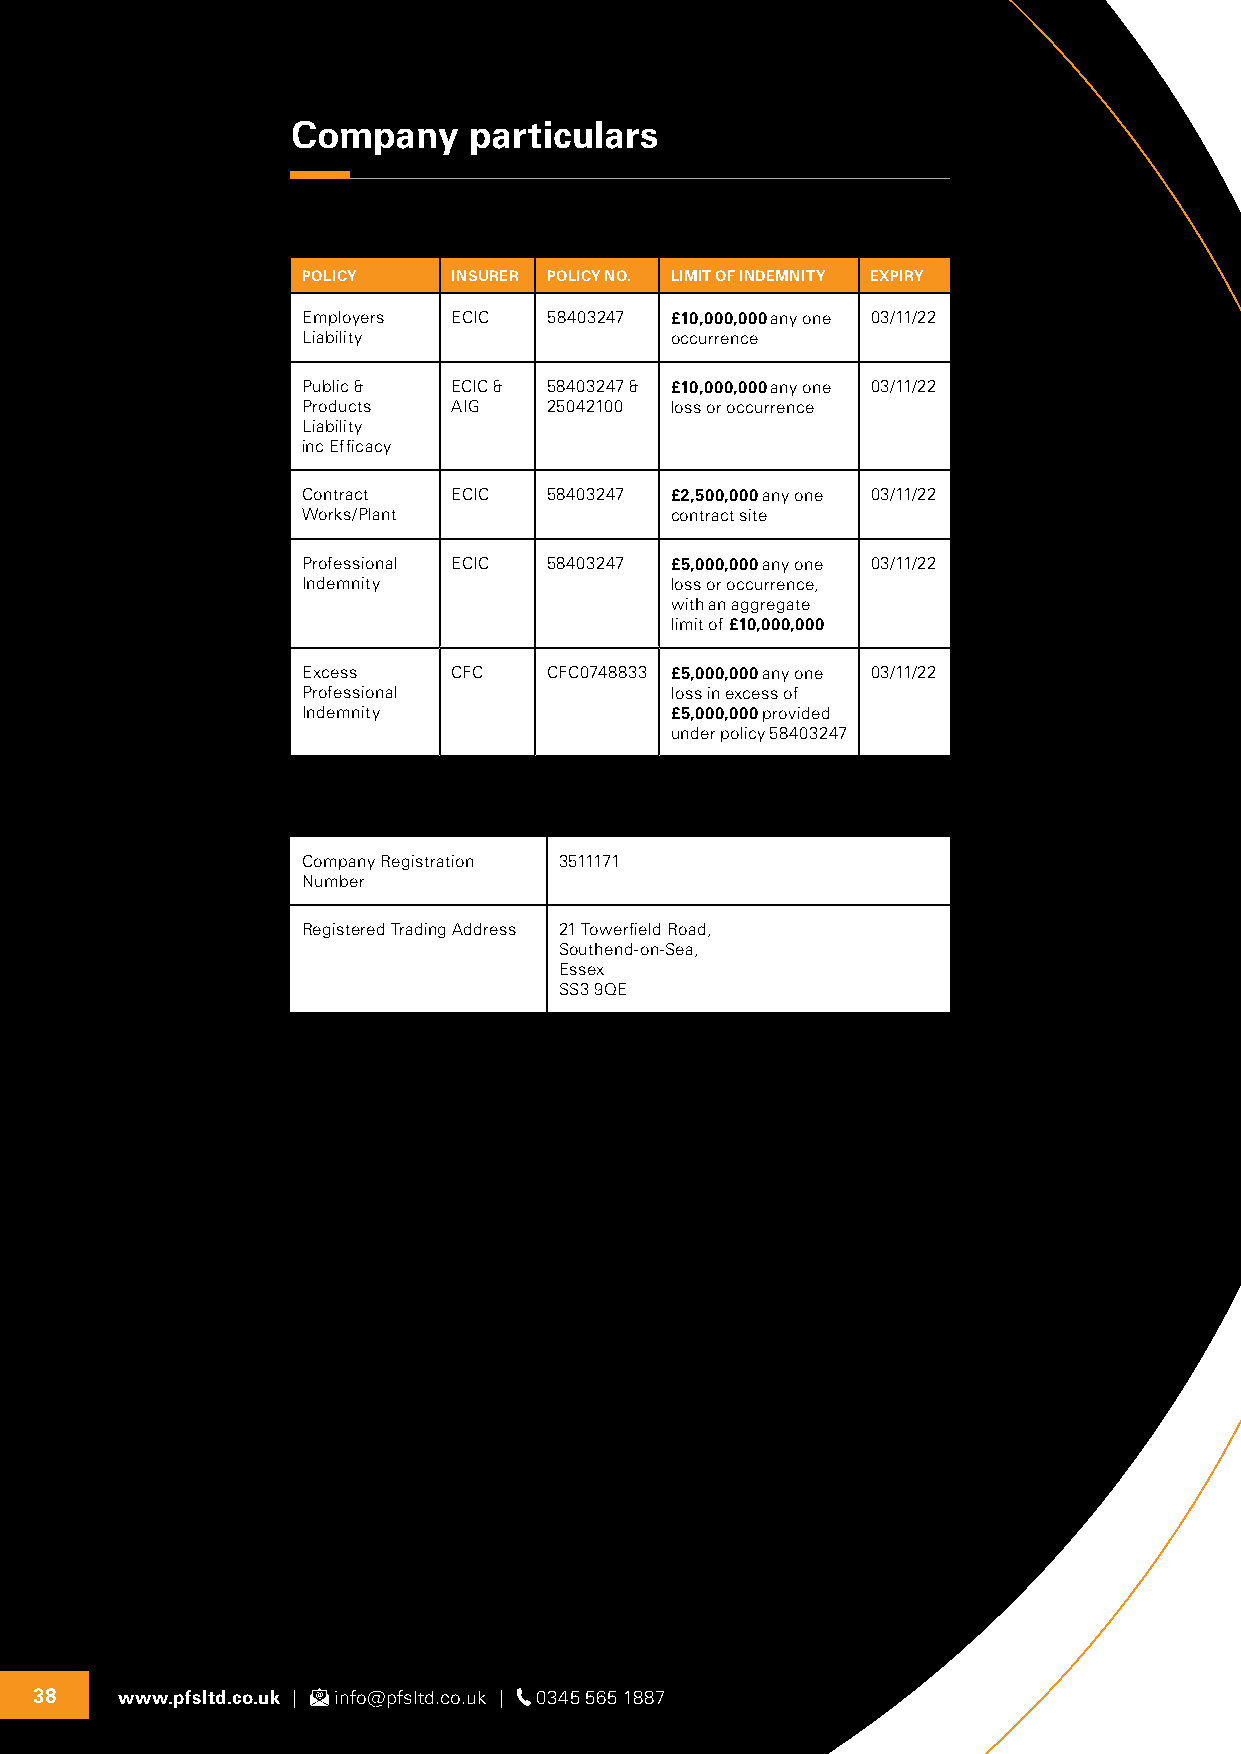
Company     particulars
 POLICY    INSURER POLICY NO. LIMIT OF INDEMNITY EXPIRY
 Employers ECIC  58403247 £10,000,000 any one 03/11/22
 Liability               occurrence
 Public &  ECIC & 58403247 & £10,000,000 any one 03/11/22
 Products  AIG   25042100 loss or occurrence
 Liability
 inc Efficacy
 Contract  ECIC  58403247 £2,500,000 any one 03/11/22
 Works/Plant             contract site
 Professional ECIC 58403247 £5,000,000 any one 03/11/22
 Indemnity               loss or occurrence,
 with an aggregate
 limit of £10,000,000
 Excess    CFC   CFC0748833 £5,000,000 any one 03/11/22
 Professional            loss in excess of
 Indemnity               £5,000,000 provided
 under policy 58403247
 Company Registration 3511171
 Number
 Registered Trading Address 21 Towerfield Road,
 Southend-on-Sea,
 Essex
 SS3 9QE
 38    www.pfsltd.co.uk | info@pfsltd.co.uk | 0345 565 1887